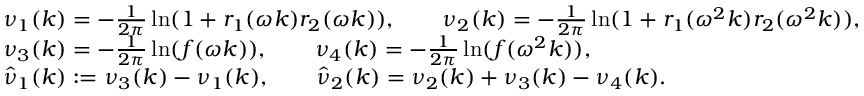
\begin{array} { r l } & { \nu _ { 1 } ( k ) = - \frac { 1 } { 2 \pi } \ln ( 1 + r _ { 1 } ( \omega k ) r _ { 2 } ( \omega k ) ) , \qquad \nu _ { 2 } ( k ) = - \frac { 1 } { 2 \pi } \ln ( 1 + r _ { 1 } ( \omega ^ { 2 } k ) r _ { 2 } ( \omega ^ { 2 } k ) ) , } \\ & { \nu _ { 3 } ( k ) = - \frac { 1 } { 2 \pi } \ln ( f ( \omega k ) ) , \qquad \nu _ { 4 } ( k ) = - \frac { 1 } { 2 \pi } \ln ( f ( \omega ^ { 2 } k ) ) , } \\ & { \hat { \nu } _ { 1 } ( k ) : = \nu _ { 3 } ( k ) - \nu _ { 1 } ( k ) , \qquad \hat { \nu } _ { 2 } ( k ) = \nu _ { 2 } ( k ) + \nu _ { 3 } ( k ) - \nu _ { 4 } ( k ) . } \end{array}